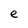
Character: e